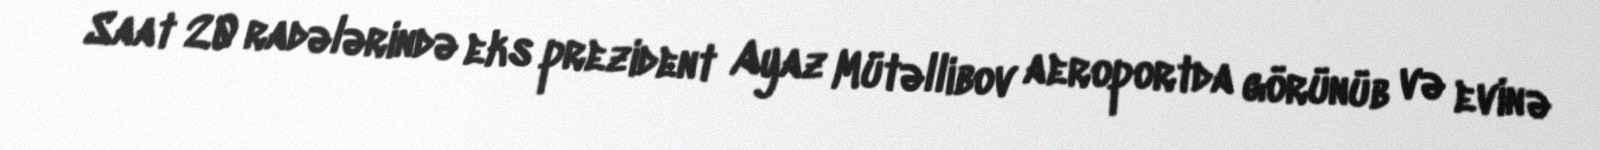
Saat 20 radələrində eks prezident Ayaz Mütəllibov aeroportda görünüb və evinə